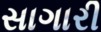
સાગારી